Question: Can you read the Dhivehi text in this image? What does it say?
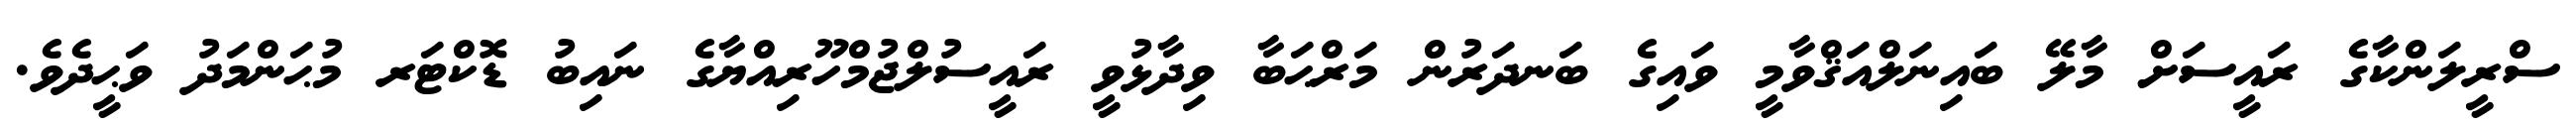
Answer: ސްރީލަންކާގެ ރައީސަށް މާލޭ ބައިނަލްއަޤްވާމީ ވައިގެ ބަނދަރުން މަރްޙަބާ ވިދާޅުވީ ރައީސުލްޖުމްހޫރިއްޔާގެ ނައިބު ޑޮކްޓަރ މުޙަންމަދު ވަޙީދެވެ.